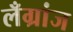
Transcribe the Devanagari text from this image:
लँग्रांज